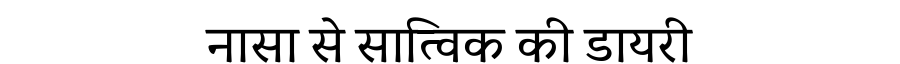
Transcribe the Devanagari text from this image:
नासा से सात्विक की डायरी